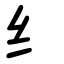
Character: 纟